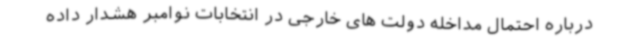
درباره احتمال مداخله دولت های خارجی در انتخابات نوامبر هشدار داده